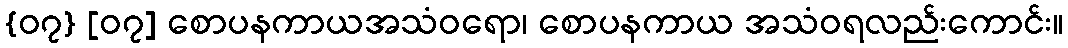
{၀၇} [၀၇] စောပနကာယအသံဝရော၊ စောပနကာယ အသံဝရလည်းကောင်း။